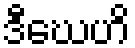
ဒီဃေဟိ